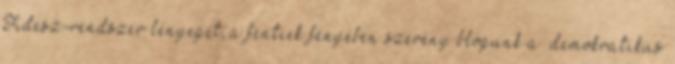
Fidesz-rendszer lényegét; a fentiek fényében szerény blogunk a „demokratikus